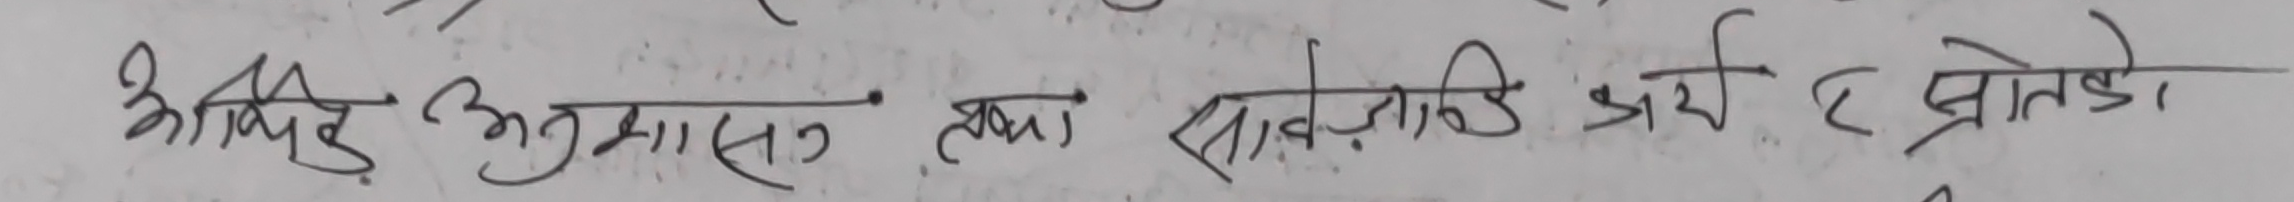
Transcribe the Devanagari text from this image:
अधिदु अनुमान तथा सार्वजनिक अर्थ है स्त्रोतको